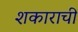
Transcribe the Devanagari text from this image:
शकाराची